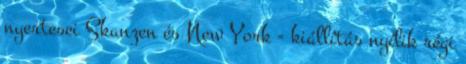
nyertesei Skanzen és New York - kiállítás nyílik régi